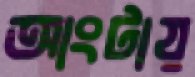
আংটায়